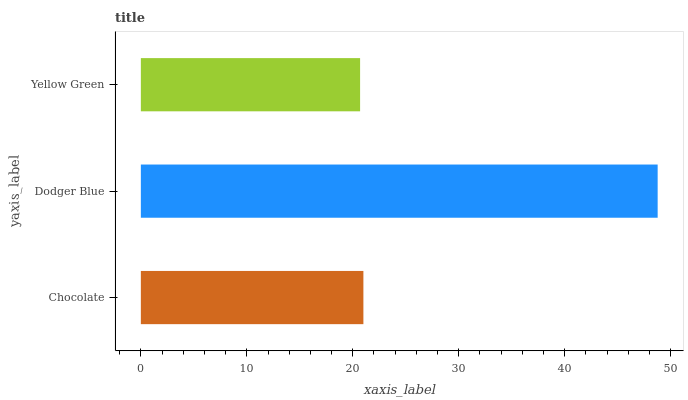
| yaxis_label | bars |
 | --- | --- |
 | Chocolate | 21 |
 | Dodger Blue | 48.8 |
 | Yellow Green | 20.7 |